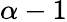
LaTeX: \alpha-1